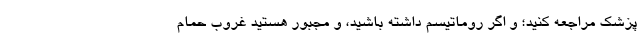
پزشک مراجعه کنید؛ و اگر روماتیسم داشته باشید، و مجبور هستید غروب حمام